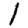
Digit: 1